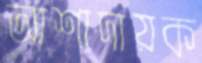
আশাদায়ক